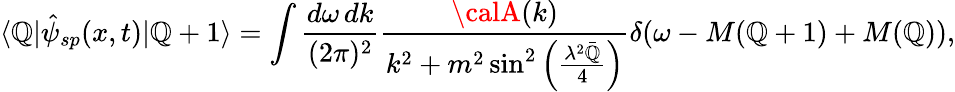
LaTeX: \langle\mathbb{Q}|\hat{{\psi}}_{sp}(x,t)|\mathbb{Q}+1\rangle=\int\frac{{d\omega\, dk}}{{(2\pi)^{2}}}\frac{{{\calA}(k)}}{{k^{2}+m^{2}\sin^{2}\left(\frac{{\lambda^{2}\bar{{\mathbb{Q}}}}}{{4}}\right)}}\delta(\omega-M(\mathbb{Q}+1)+M(\mathbb{Q})),